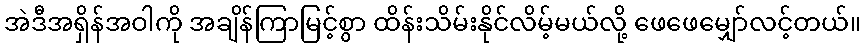
အဲဒီအရှိန်အဝါကို အချိန်ကြာမြင့်စွာ ထိန်းသိမ်းနိုင်လိမ့်မယ်လို့ ဖေဖေမျှော်လင့်တယ်။